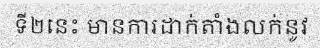
ទី២នេះ មានការដាក់តាំងលក់នូវ